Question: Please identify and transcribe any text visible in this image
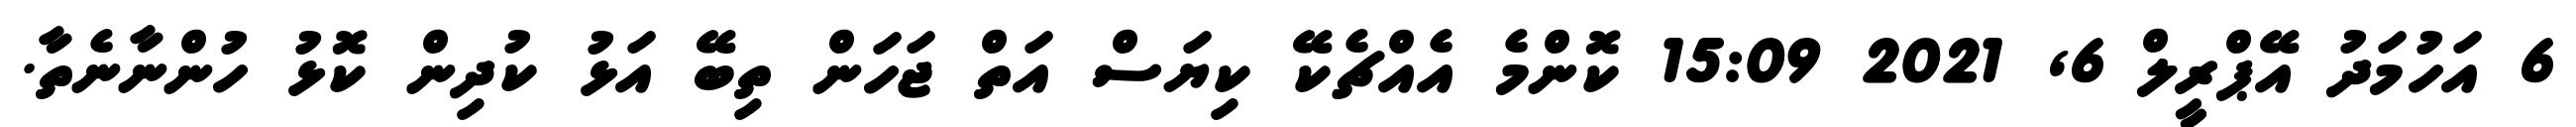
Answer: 6 އަހުމަދު އޭޕްރީލް 6, 2021 15:09 ކޮންމެ އެއްޗެކޭ ކިޔަސް އަތް ޖަހަން ތިބޭ އަޅު ކުދިން ކޮޅު ހުންނާނެތާ.